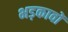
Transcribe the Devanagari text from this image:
भड़कावों